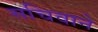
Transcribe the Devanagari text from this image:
सचिवाने